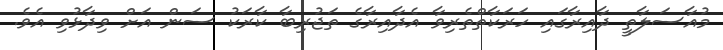
މުއާސަލާތީ ދާއިރާގައި ހަރަކާތްތެރިވާ އެދާއިރާގެ ތަޖުރިބާ ކާރަކު ސަން އަށް ވިދާޅުވި އެވެ.